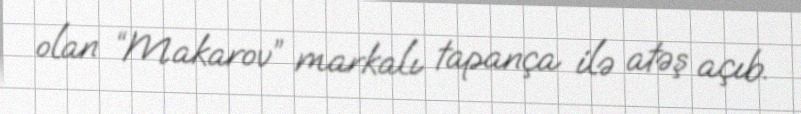
olan “Makarov” markalı tapança ilə atəş açıb.